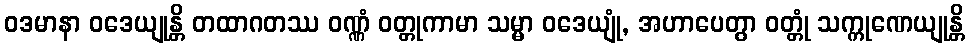
ဝဒမာနာ ဝဒေယျုန္တိ တထာဂတဿ ဝဏ္ဏံ ဝတ္တုကာမာ သမ္မာ ဝဒေယျုံ, အဟာပေတွာ ဝတ္တုံ သက္ကုဏေယျုန္တိ